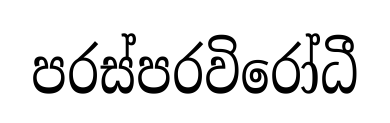
පරස්පරවිරෝධී